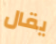
يقال